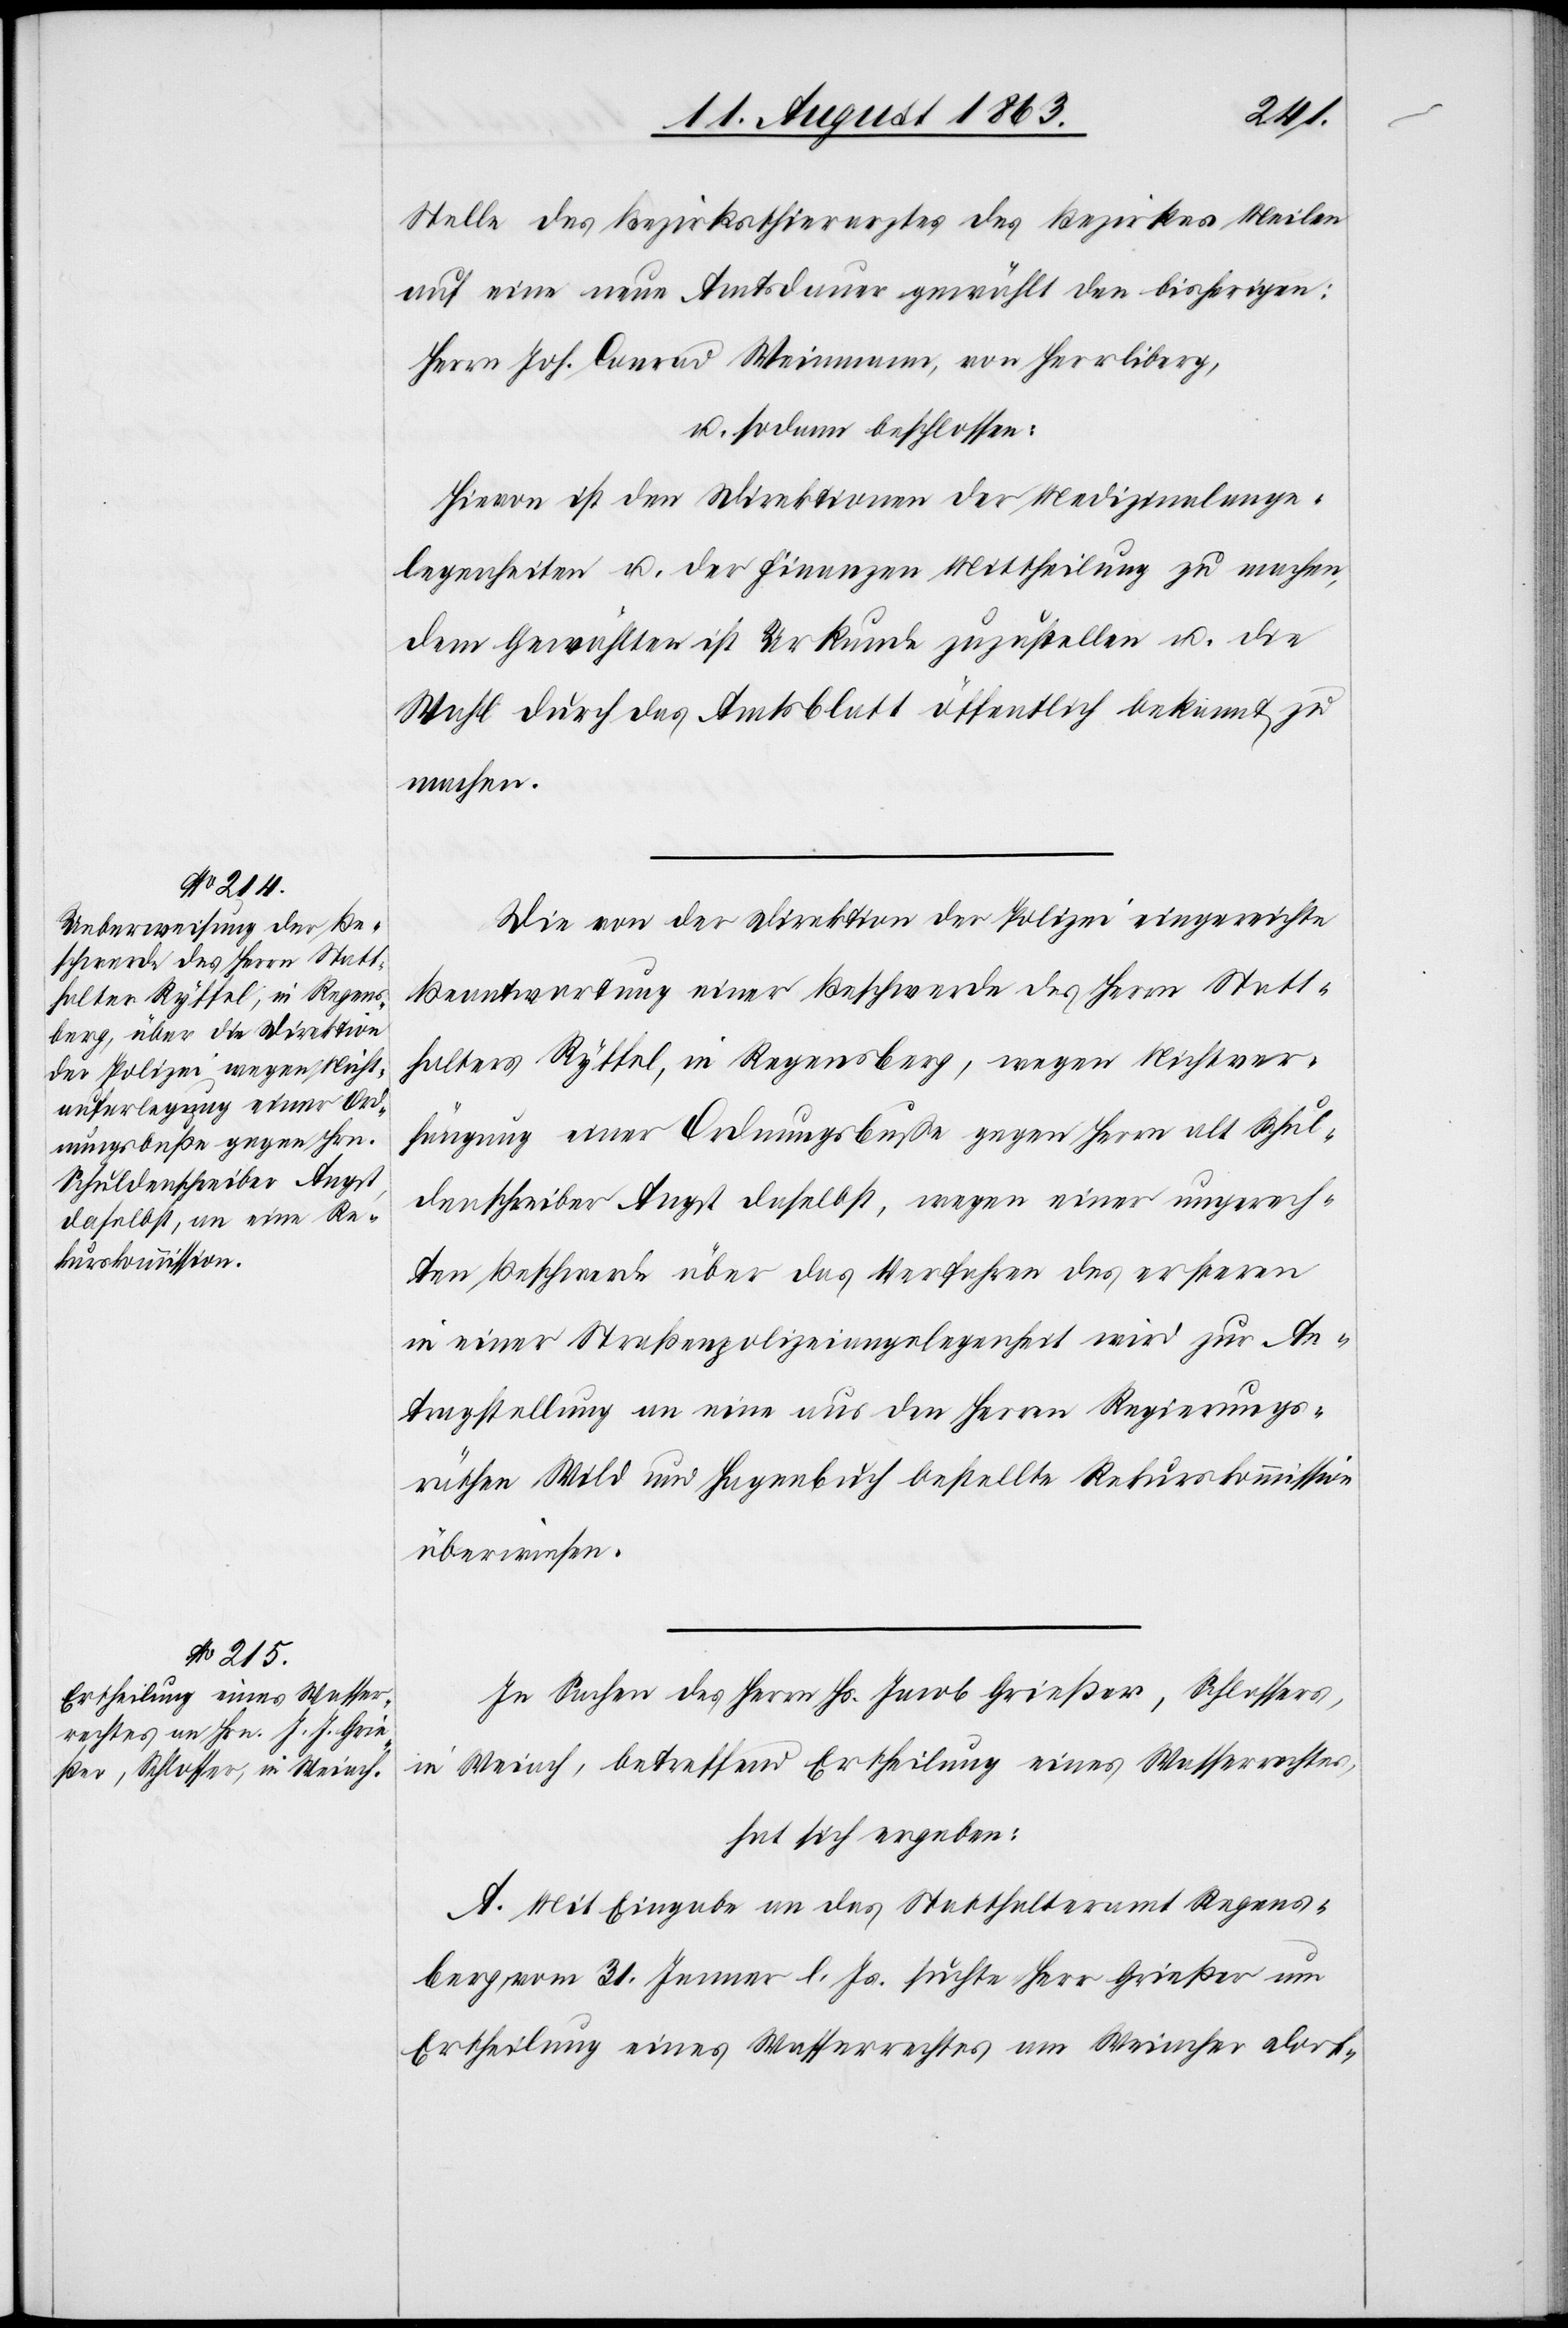
Stelle des Bezirksthierarztes des Bezirkes Meilen
auf eine neue Amtsdauer gewählt den bisherigen:
Herrn Joh. Conrad Weinmann, von Herrliberg,
u. sodann beschlossen:
Hievon ist den Direktionen der Medizinalange¬
legenheiten u. der Finanzen Mittheilung zu machen,
dem Gewählten ist Urkunde zuzustellen u. die
Wahl durch das Amtsblatt öffentlich bekannt zu
machen.
Die von der Direktion der Polizei eingereichte
Beantwortung einer Beschwerde des Herrn Statt¬
halters Ryffel, in Regensberg, wegen Nichtver¬
fügung einer Ordnungsbuße gegen Herrn alt Schul¬
denschreiber Angst daselbst, wegen einer ungerech¬
ten Beschwerde über das Verfahren des ersteren
in einer Straßenpolizeiangelegenheit wird zur An¬
tragstellung an eine aus den Herren Regierungs¬
räthen Wild und Hagenbuch bestellte Rekurskommission
überwiesen.
In Sachen des Herrn Hs. [sic!] Jacob Grießer, Schlossers,
in Weiach, betreffend Ertheilung eines Wasserrechtes,
hat sich ergeben:
A. Mit Eingabe an das Statthalteramt Regens¬
berg, vom 31. Jenner l. Js. suchte Herr Grießer um
Ertheilung eines Wasserrechtes am Weiacher Dorf-